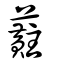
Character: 蘣